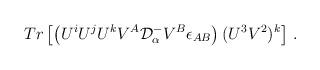
LaTeX: \begin{align*}Tr\left[\left(U^iU^jU^kV^A{\cal D}^-_\alpha V^B\epsilon_{AB}\right)(U^3V^2)^k\right]\,.\end{align*}